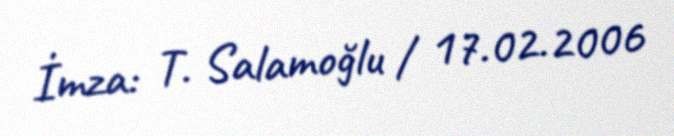
İmza: T. Salamoğlu / 17.02.2006